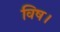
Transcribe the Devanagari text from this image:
विष।